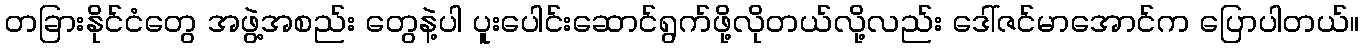
တခြားနိုင်ငံတွေ အဖွဲ့အစည်း တွေနဲ့ပါ ပူးပေါင်းဆောင်ရွက်ဖို့လိုတယ်လို့လည်း ဒေါ်ဇင်မာအောင်က ပြောပါတယ်။